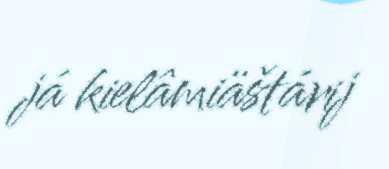
já kielâmiäštárij